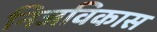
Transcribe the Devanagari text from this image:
निजविकास